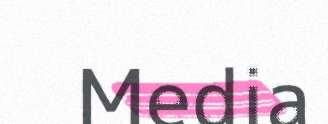
Media